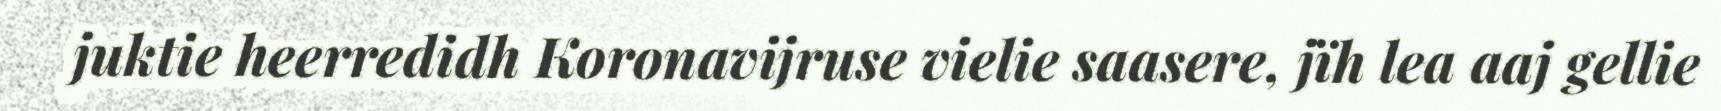
juktie heerredidh Koronavijruse vielie saasere, jïh lea aaj gellie